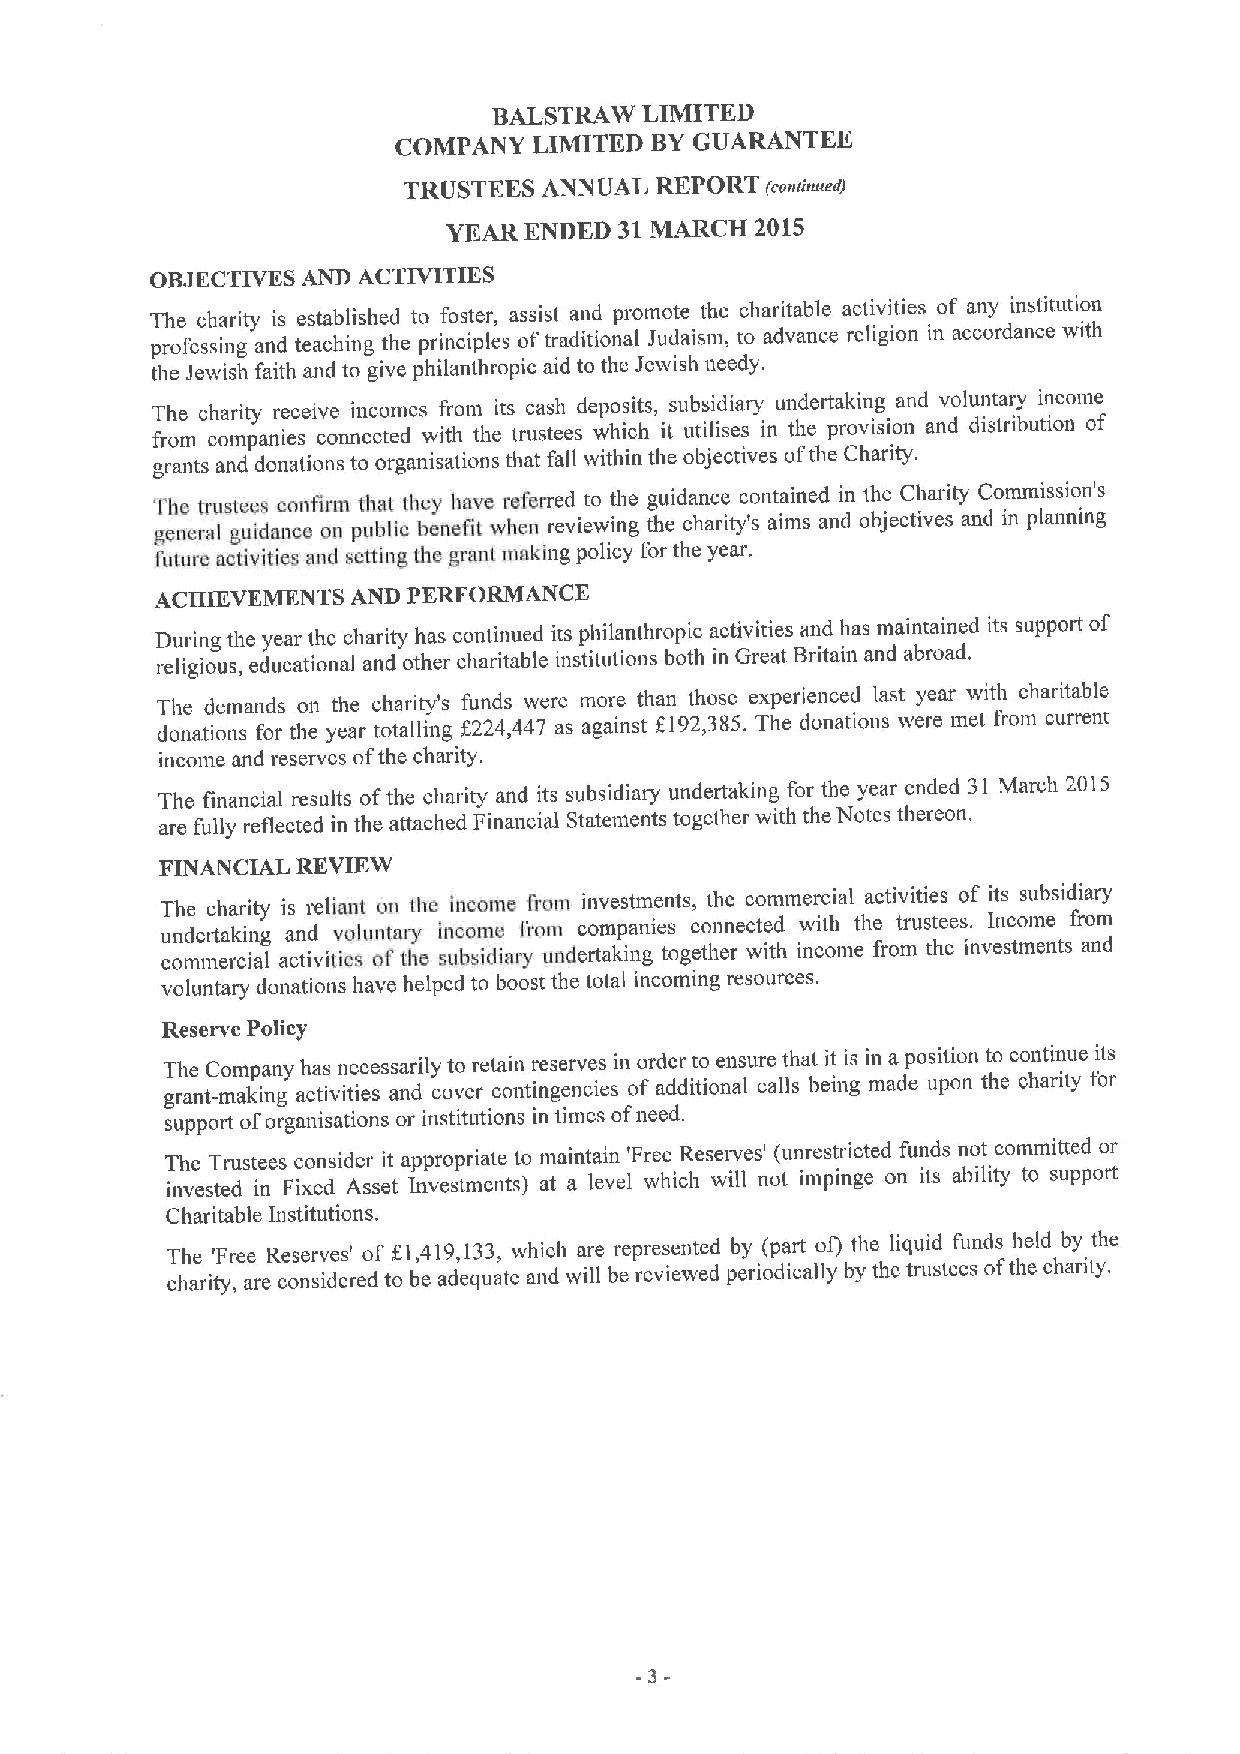
BALSTRAW  LIMITED
 COMPANY  LIMITED BYGUARANTEE
 TRUSTEES ANNUAL REPORT  ('conirnaedJ
 YEAR ENDED 31MARCH  2015
 OBJECTIVES AND ACTIVITIES
 The charity is established to foster, assist and promote the charitable activities of any institution
 professing and teaching the principles oftraditional Judaism, to advance religion in accordance with
 the Jewish faith and to give philanthropic aid to thc Jewish needy.
 The charity receive incomes from its cash deposits, subsidiary undertaking and voluntary income
 from companies connected with the trustees which it utilises in the provision and distribution of
 grants and donations to organisations that fall within the objectives ofthe Charity.
 The trustees conflrm that they have referred to the guidance contained in the Charity Commission's
 general guidance on public benetit when reviewing the charity's aims and objectives and in planning
 future activities and setting the grant making policy for the year,
 ACHIEVEMENTS AND PERFORMANCE
 of
 During the year the charity has continued its philanthropic activities and has maintained its support
 religious, educational and other charitable institutions both in Great Britain and abroad.
 The demands on the charity's funds were more than those experienced last year with charitable
 donations for the year totalling f224,447 as against f 192,385. The donations were met from current
 income and reserves ofthe charity.
 The financial results ofthe charity and its subsidiary undertaking for the year ended 31 March 2015
 are fully reflected in the attached Financial Statements together with the Notes thereon.
 FINANCIAL REVIEW
 The charity is reliant on the income from investments, the commercial activities of its subsidiary
 undertaking and voluntary income fmm companies connected with the trustees. Income from
 commercial activities ofthe subsidiaiy undertaking together with income from the investments and
 voluntary donations have helped to boost the total incoming resources.
 Reserve Policy
 The Company has necessarily to retain reserves in order to ensure that it is in a position to continue its
 grant-making activities and cover contingencies of additional calls being made upon the charity for
 support
 oforganisations or institutions in times ofneed.
 The Trustees consider it appropriate to maintain 'Free Reserves' (unresu icted funds not committed or
 invested in Fixed Asset Investments) at a level which will not impinge on its ability to support
 Charitable Institutions.
 The 'Free Reserves' of f.),419,133,which are represented by (part ofl the liquid funds held by the
 charity, are considered to be adequate and will be reviewed periodically by thc trustees ofthe charity.